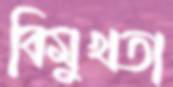
বিমুখতা